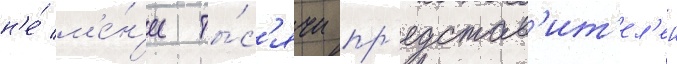
н'е́ м'е́н'ее ты́с'ячи пр'едстав'ит'ел'еи